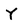
Character: Y